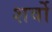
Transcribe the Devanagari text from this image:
शर्वो